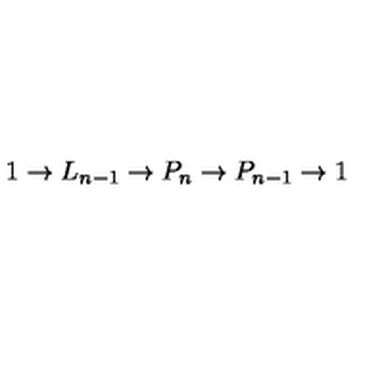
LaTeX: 1 \to L _ { n - 1 } \to P _ { n } \to P _ { n - 1 } \to 1